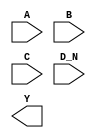
module sky130_fd_sc_hs__nor4b (
    //# {{data|Data Signals}}
    input  A  ,
    input  B  ,
    input  C  ,
    input  D_N,
    output Y
);

    // Voltage supply signals
    supply1 VPWR;
    supply0 VGND;

endmodule